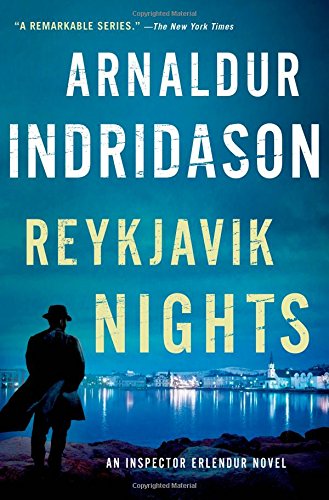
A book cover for Reykjavik Nights: An Inspector Erlendur Novel (An Inspector Erlendur Series); Arnaldur Indridason; Mystery, Thriller & Suspense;